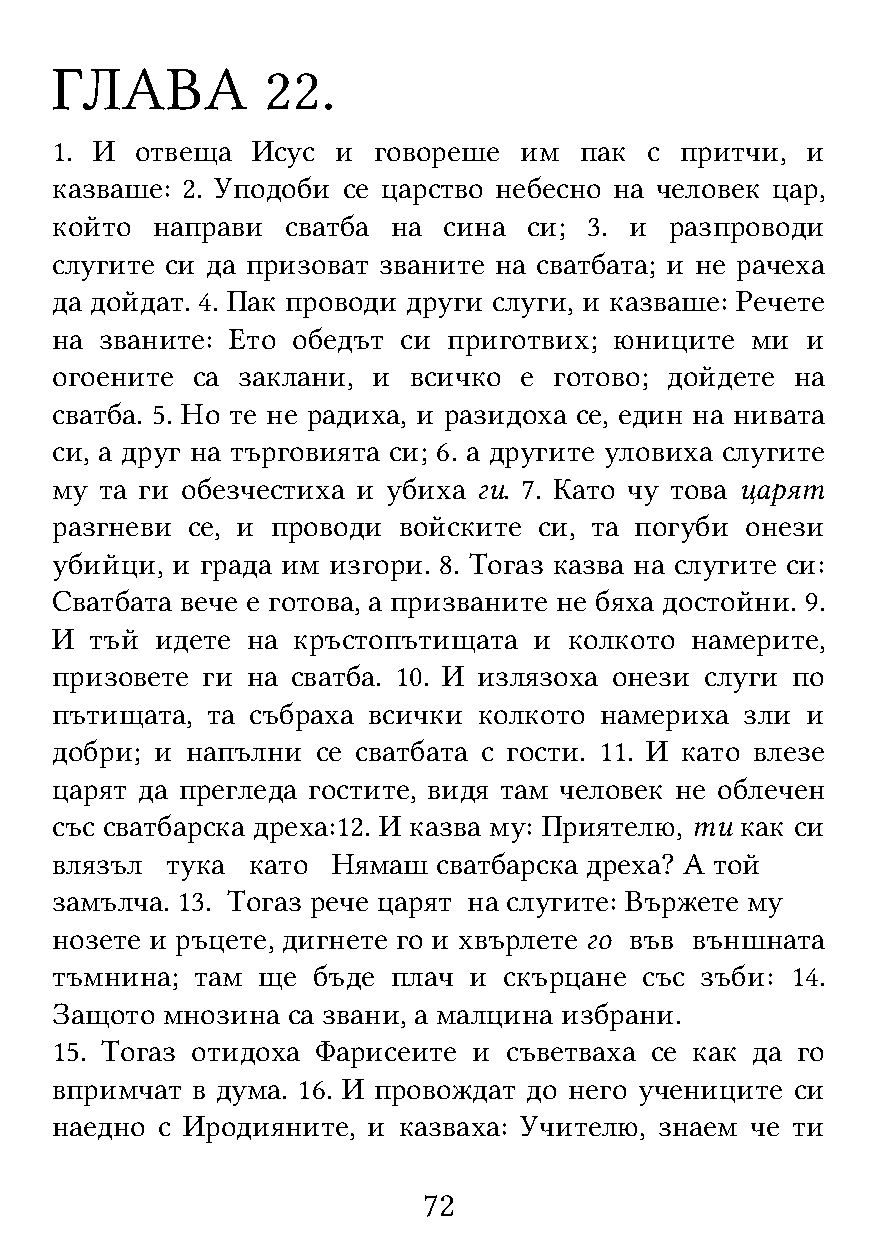
ГЛАВА          22.
 1. И  отвеща  Исус и  говореше им  пак  с притчи, и
 казваше: 2. Уподоби се царство небесно на человек цар,
 който  направи  сватба на сина  си; 3. и разпроводи
 слугите си да призоват званите на сватбата; и не рачеха
 да дойдат. 4. Пак проводи други слуги, и казваше: Речете
 на  званите: Ето обедът си приготвих; юниците  ми и
 огоените  са заклани, и всичко е  готово; дойдете на
 сватба. 5. Но те не радиха, и разидоха се, един на нивата
 си, а друг на търговията си; 6. а другите уловиха слугите
 му  та ги обезчестиха и убиха ги. 7. Като чу това царят
 разгневи се, и проводи войските  си, та погуби онези
 убийци, и града им изгори. 8. Тогаз казва на слугите си:
 Сватбата вече е готова, а призваните не бяха достойни. 9.
 И  тъй идете на кръстопътищата  и  колкото намерите,
 призовете ги на сватба. 10. И излязоха онези слуги по
 пътищата,  та събраха всички колкото намериха зли и
 добри; и напълни  се сватбата с гости. 11. И като влезе
 царят да прегледа гостите, видя там человек не облечен
 със сватбарска дреха:12. И казва му: Приятелю, ти как си
 влязъл  тука като  Нямаш  сватбарска дреха? А той
 замълча. 13. Тогаз рече царят на слугите: Вържете му
 нозете и ръцете, дигнете го и хвърлете го във външната
 тъмнина;  там ще  бъде плач и скърцане  със зъби: 14.
 Защото  мнозина са звани, а малцина избрани.
 15. Тогаз отидоха Фарисеите и  съветваха се как да го
 впримчат  в дума. 16. И провождат до него учениците си
 наедно с Иродияните, и казваха: Учителю, знаем че ти
 72